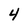
Character: 4